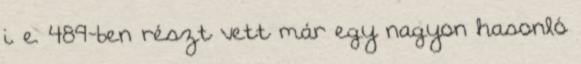
i. e. 489-ben részt vett már egy nagyon hasonló